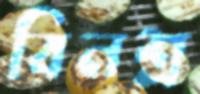
বিনশ্র